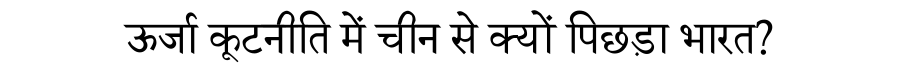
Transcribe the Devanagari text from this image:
ऊर्जा कूटनीति में चीन से क्यों पिछड़ा भारत?